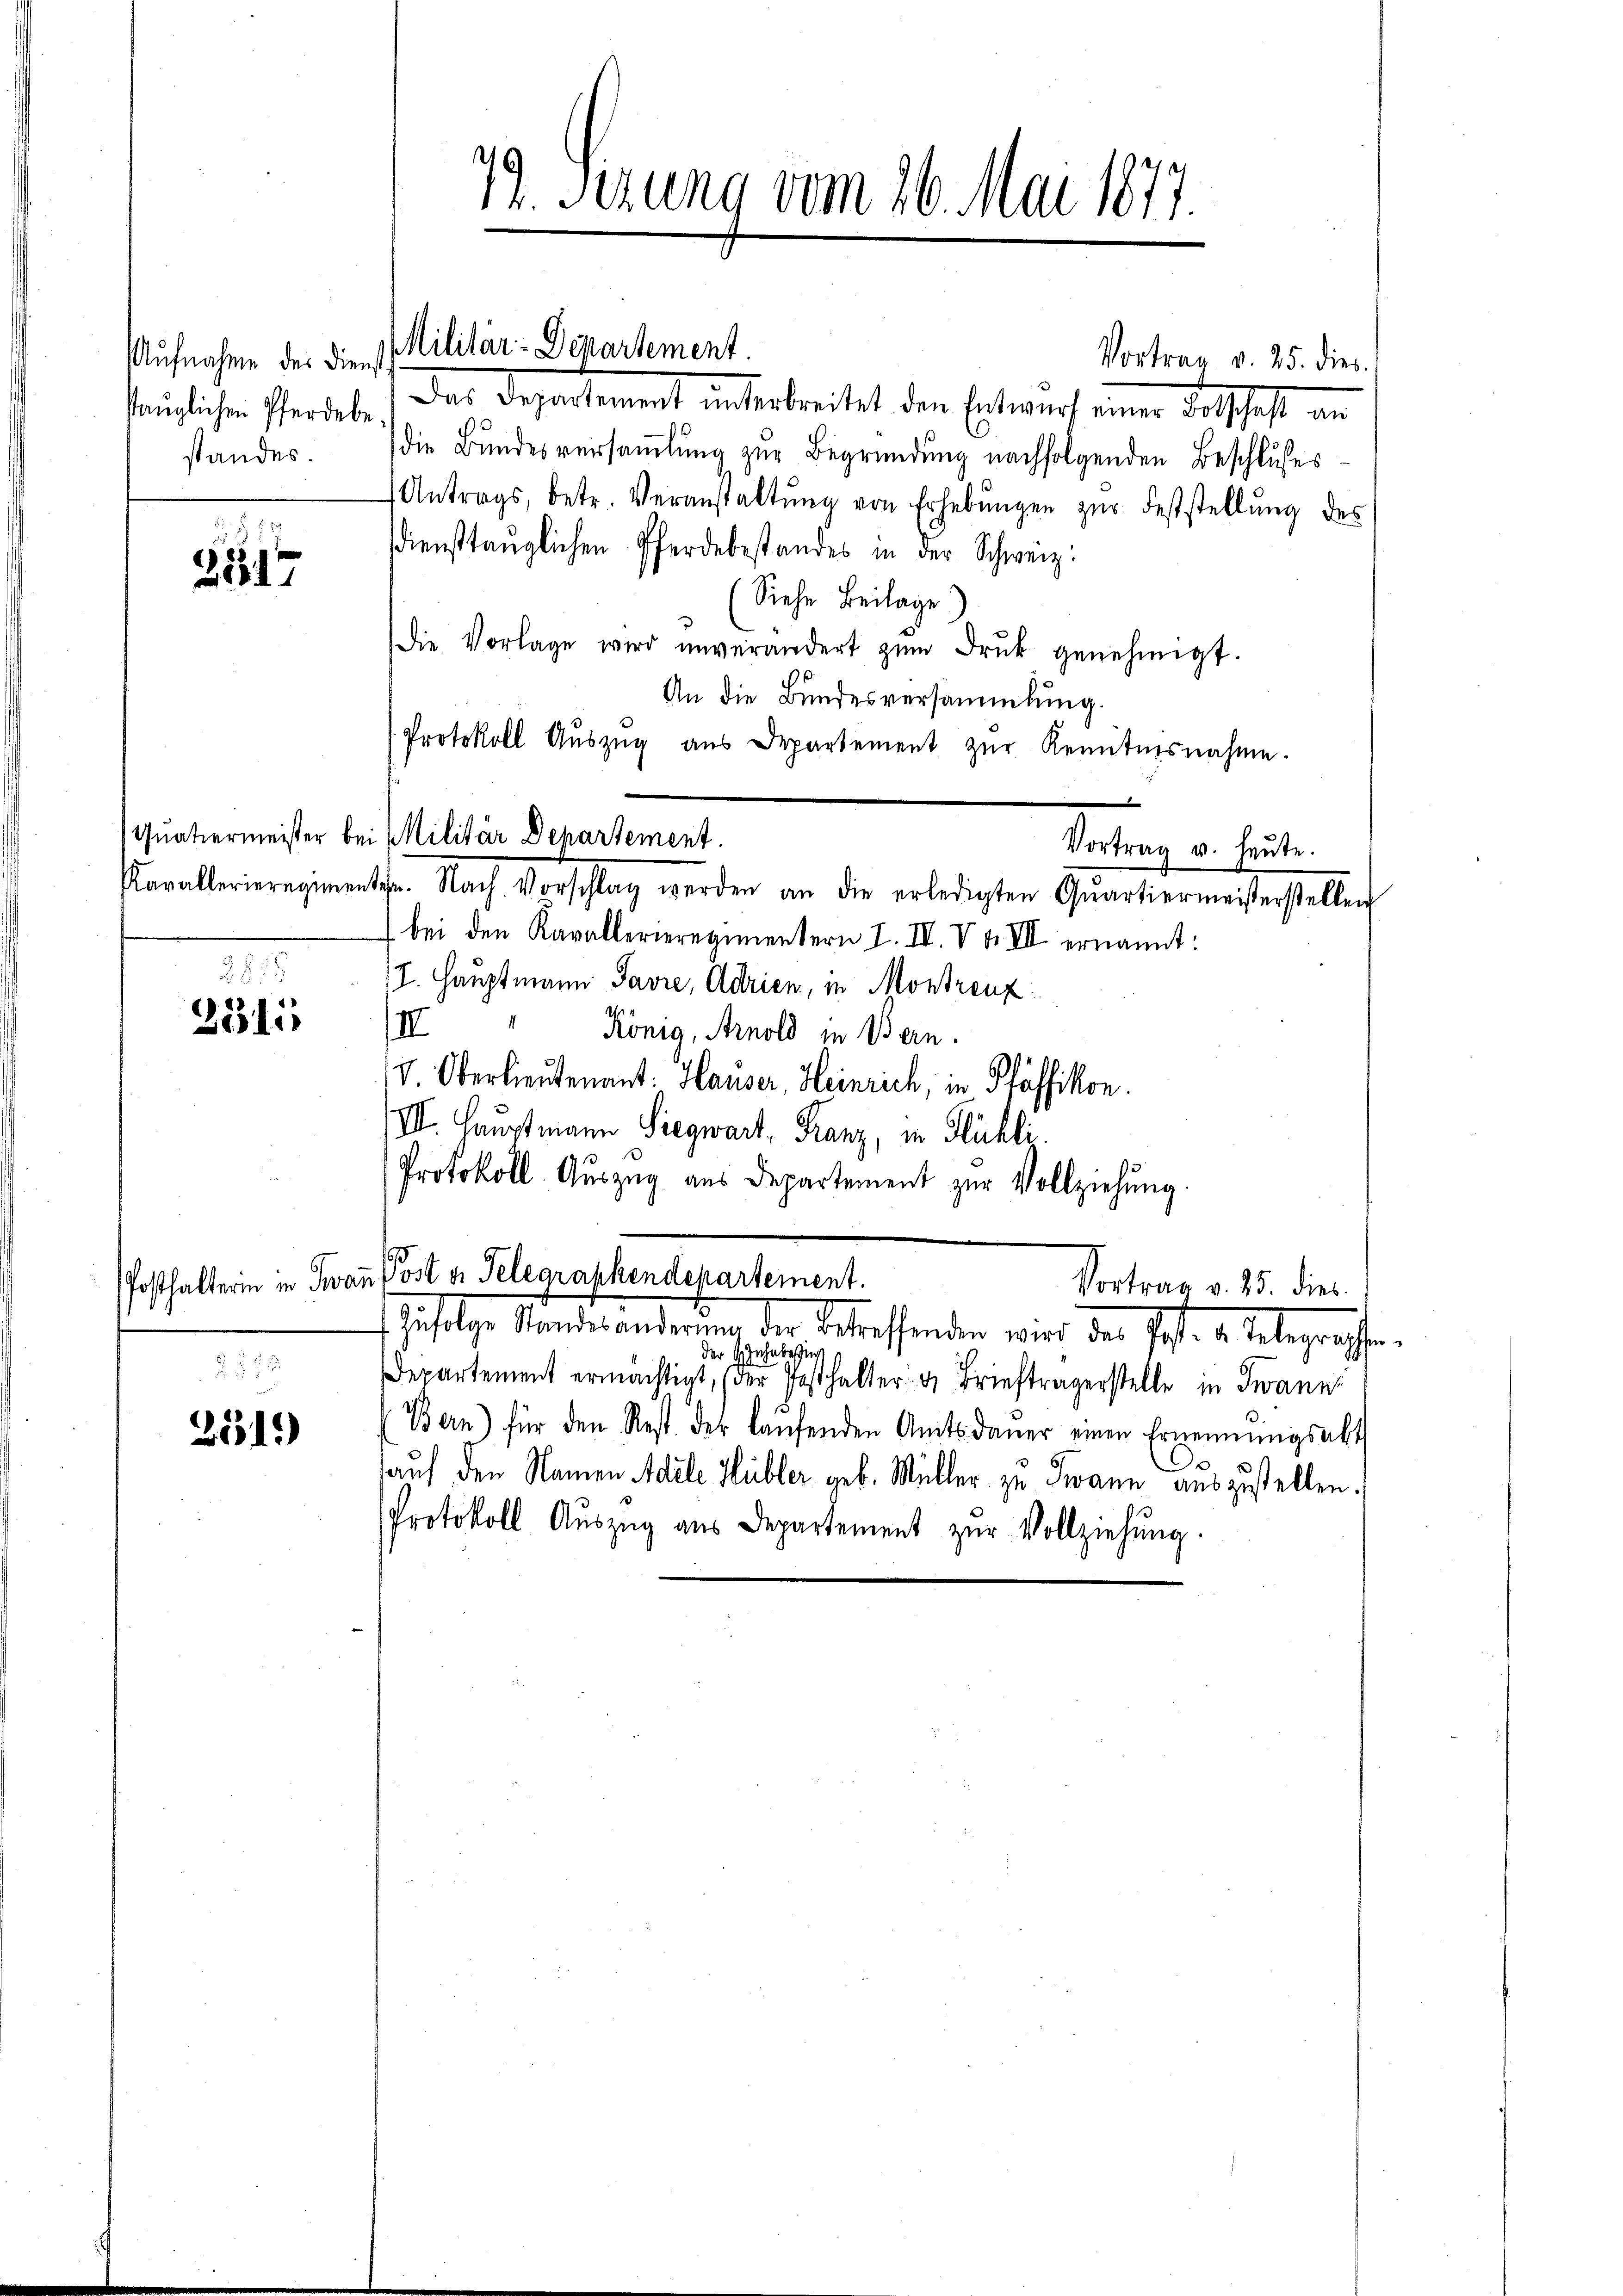
sauglichen Pferdebe
standes.

2517

2878

283. 115

Posthalterin in Twai
F. J. 18

25515)

79. Sezung vom 26. Mai 1877.

Aufnahme der die Militär: Departement.

Vortrag v. 25. dies
Das Deparsamment unterbreitet den Entwurf einer Botschaft in
die Bundesversammlung zur Begründung nachfolgenden Beschlußes
Antrags, betr. Veranstaltŭng von Erhebŭngen zur Feststellung des
diensttauglichen Pferdebestandes in der Schweiz.
Siehe Beilage).
dDie Vorlage wird unverändert zŭm Druk genehmigt.
An die Bundesversammlung.
Protokoll Aŭszŭg aŭs Departement zŭr Kenntnisnahme.
Kavallerieregimenten. Nach Vorschlag werden an die erledigten Qŭartiermeisterstellen
bei den Kavallerieregimentern I. IV. V S. VII ernannt:
/I. Hauptmann Javre, Adrien, in Montreuz
1
II
König, Arnold in Bern.
V. Oberlieutenant: Hauser, Heinrich, in Pfäffikon.
/III. Hauptmann Siegwart, Franz, in Flühli
Protokoll- Auszug aus Departement zur Vollziehung
n Post u. Telegraphendepartement.
Vortrag v. 25. dies
Infolge Standes anderung der betreffenden wird der Jos. v. Telegraphe
der Inhabestig
Departement ermächtigt, (der Posthalter- u Briefträgerstelle in Twann
Bern) für den Rest der laŭfenden Amtsdaŭer einen Ernennungsabt
sauf den Namen Adele Hübler geb. Müller zu Twann auszustellen.
Protokoll Aŭszŭg ans Departement zŭr Vollziehŭng.

Quatiermeister bei Militär Departement.
Vortrag u. heute.